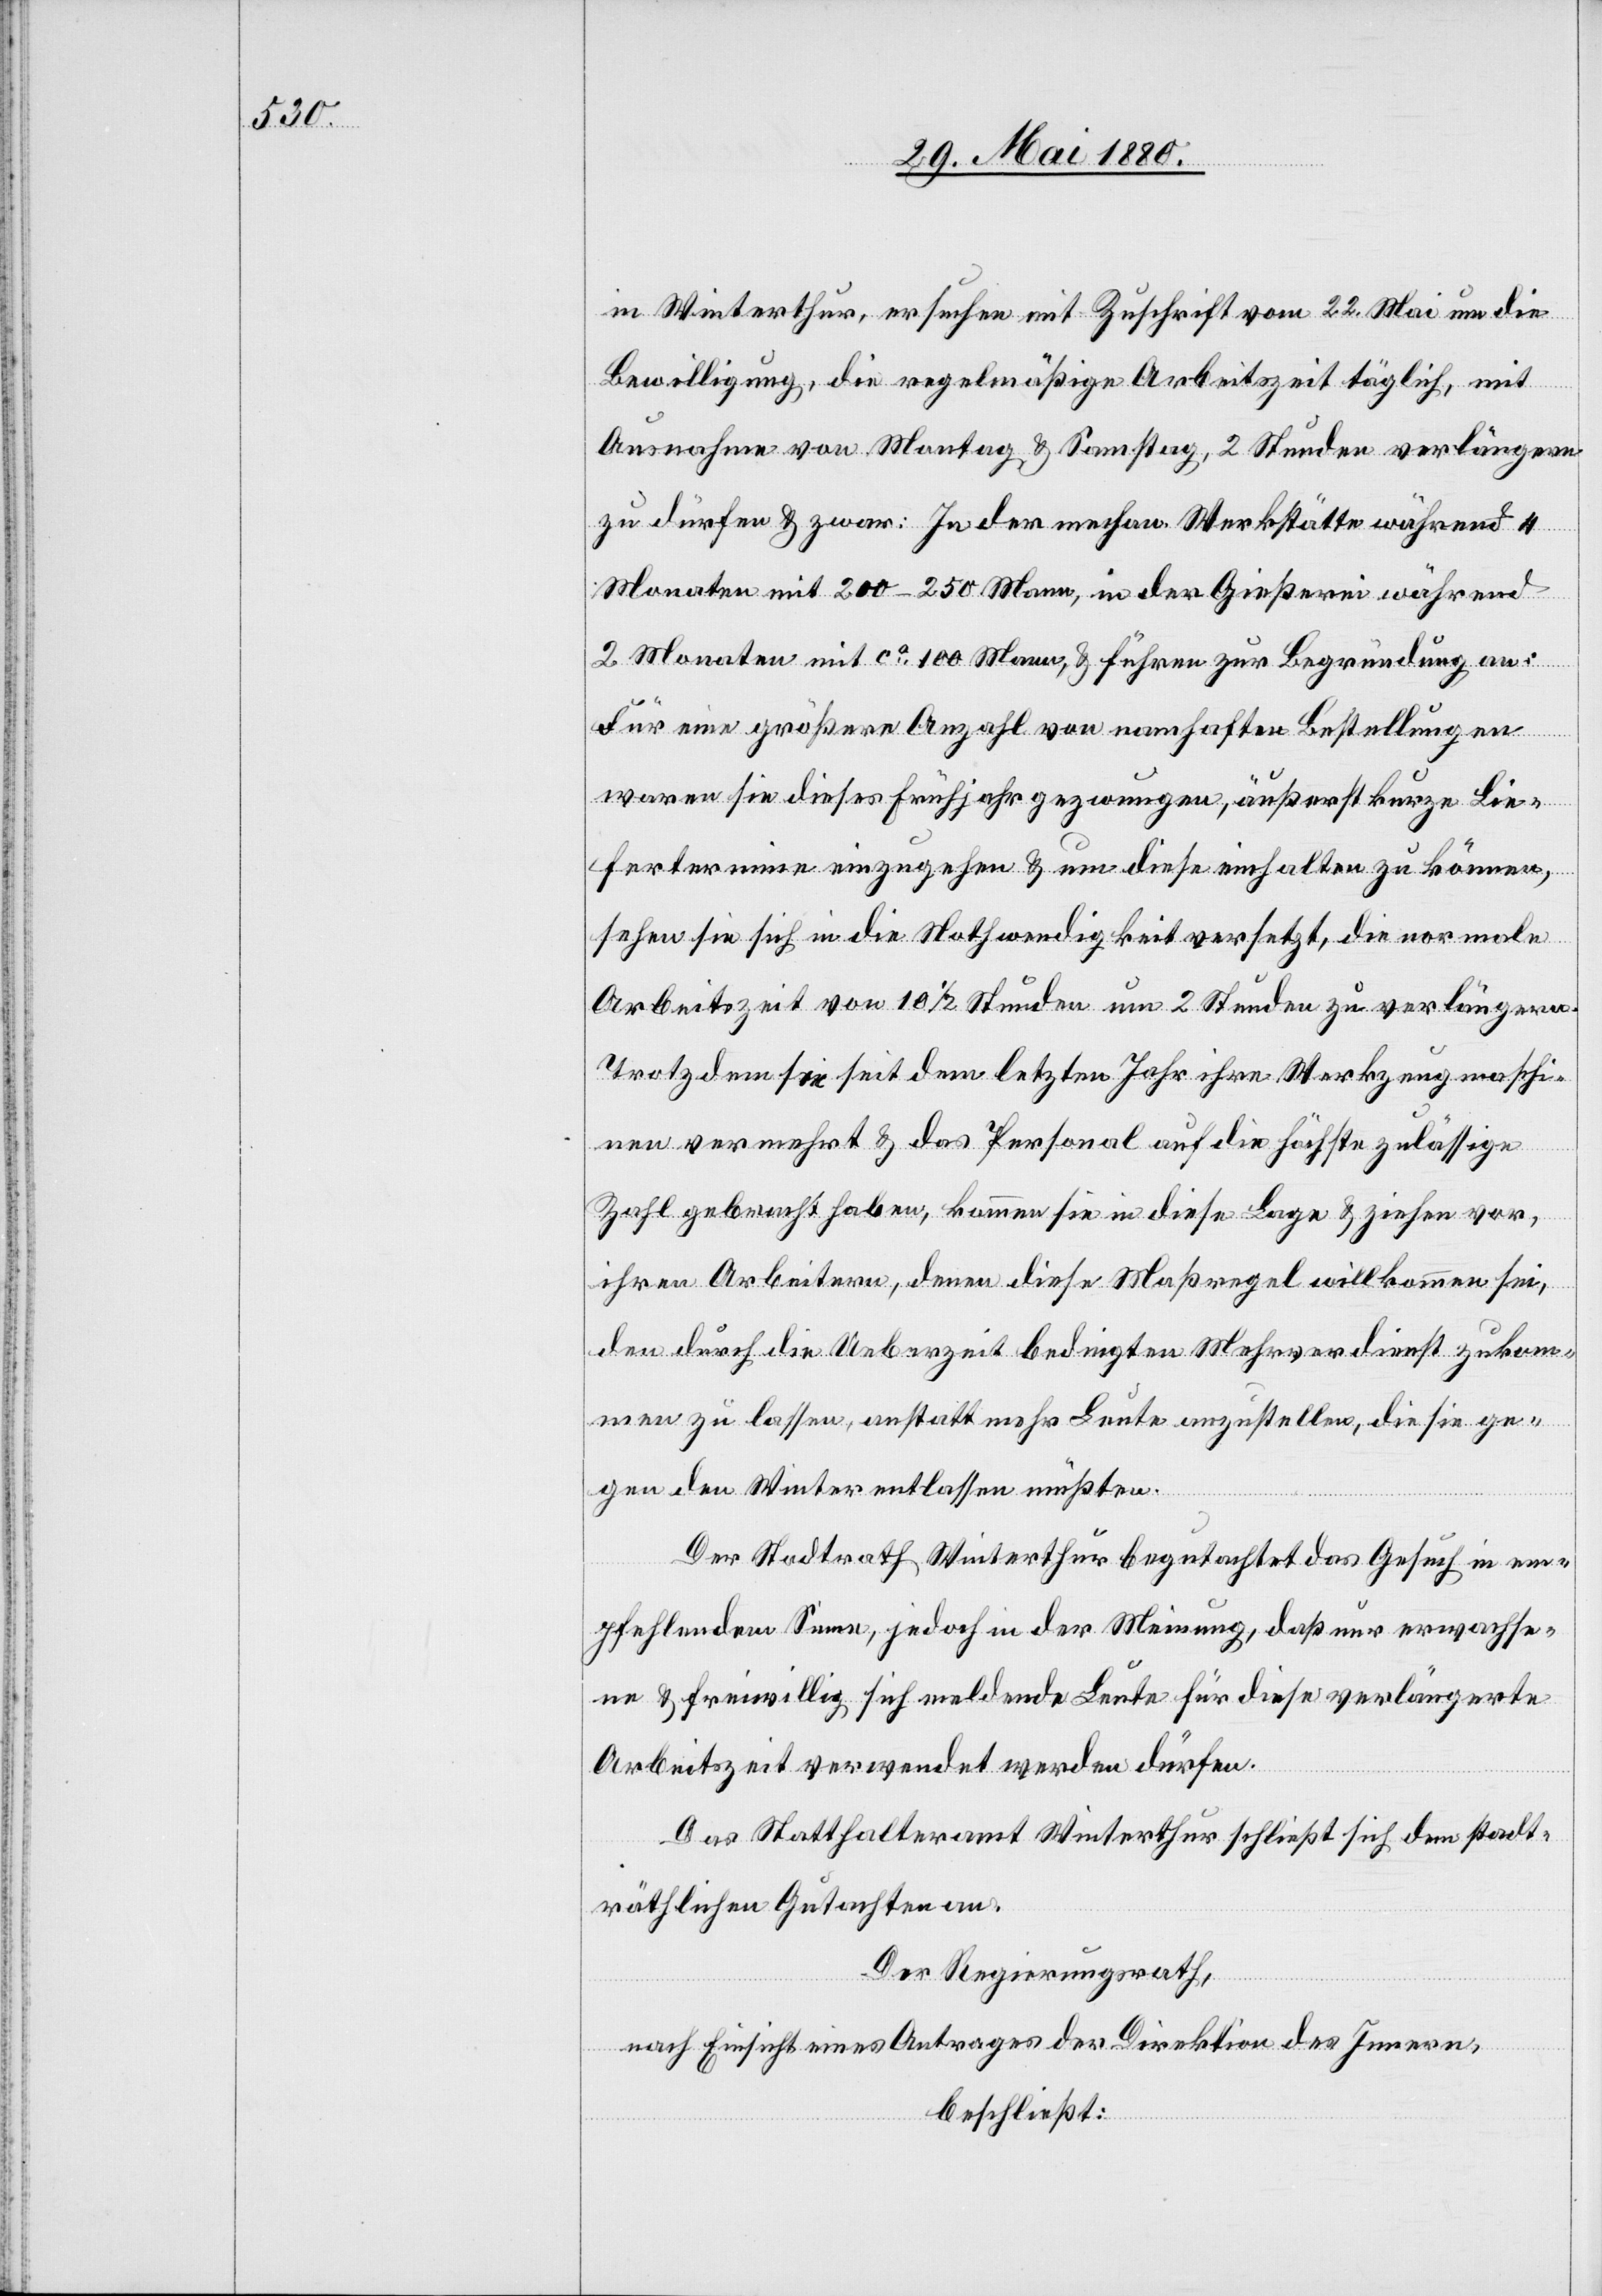
in Winterthur, ersuchen mit Zuschrift vom 22. Mai um die
Bewilligung, die regelmäßige Arbeitszeit täglich, mit
Ausnahme von Montag & Samstag, 2 Stunden verlängern
zu dürfen & zwar: In der mechan. Werkstätte während 4
Monaten mit 200–250 Mann, in der Gießerei während
2 Monaten mit ca 100 Mann, & führen zur Begründung an:
Für eine größere Anzahl von namhaften Bestellungen
waren sie dieses Frühjahr gezwungen, äußerst kurze Lie¬
fertermine einzugehen & um diese einhalten zu können,
sehen sie sich in die Nothwendigkeit versetzt, die normale
Arbeitszeit von 10 1/2 Stunden um 2 Stunden zu verlängern.
Trotzdem sie seit dem letzten Jahr ihre Werkzeugmaschi¬
nen vermehrt & das Personal auf die höchste zulässige
Zahl gebracht haben, kommen sie in diese Lage & ziehen vor,
ihren Arbeitern, denen diese Maßregeln willkommen sei,
den durch die Ueberzeit bedingten Mehrverdienst zukom¬
men zu lassen, anstatt mehr Leute anzustellen, die sie ge¬
gen den Winter entlassen müßten.
Der Stadtrath Winterthur begutachtet das Gesuch in em¬
pfehlendem Sinne, jedoch in der Meinung, daß nur erwachse¬
ne & freiwillig sich meldende Leute für diese verlängerte
Arbeitszeit verwendet werden dürfen.
Das Statthalteramt Winterthur schließt sich dem stadt¬
räthlichen Gutachten an.
Der Regierungsrath,
nach Einsicht eines Antrages der Direktion des Innern,
beschließt: